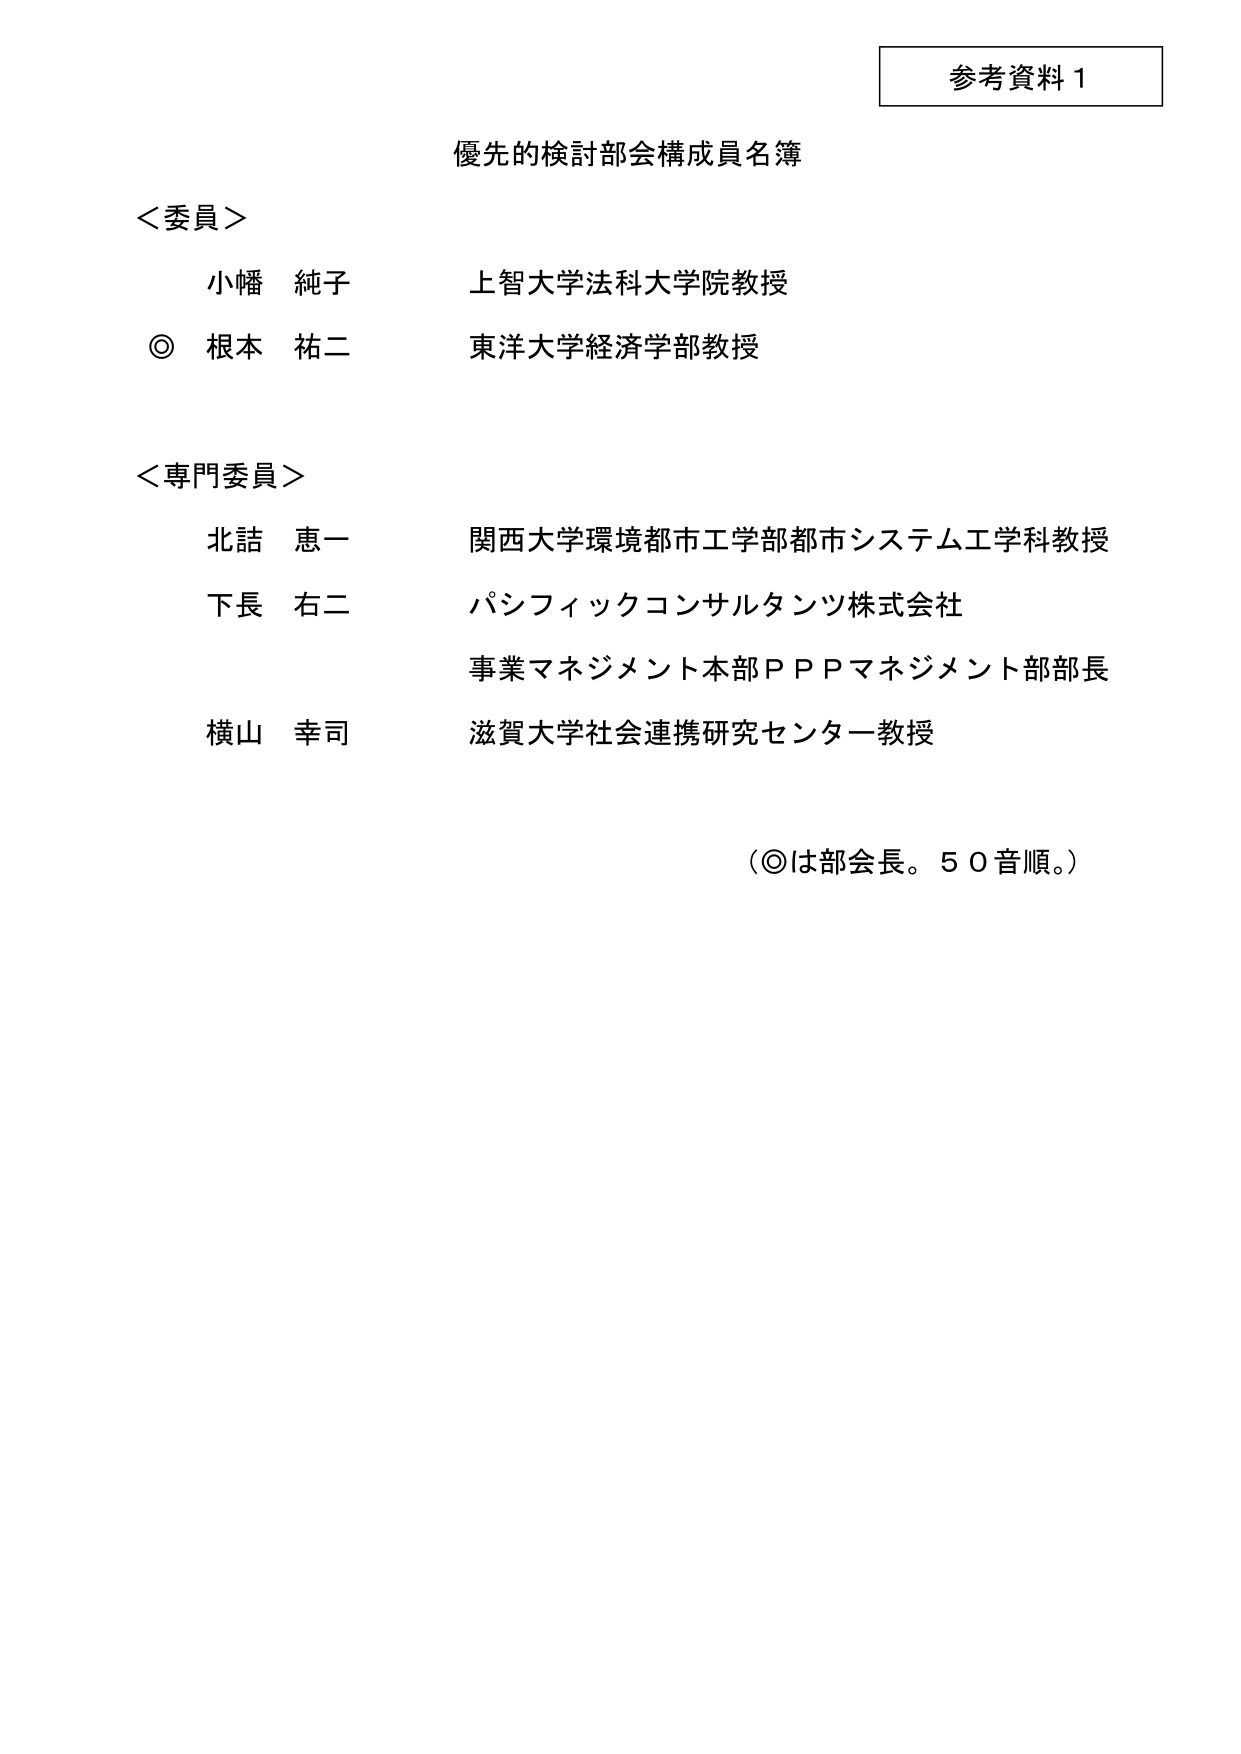
参考資料１

優先的検討部会構成員名簿

＜委員＞
小幡 純子 上智大学法科大学院教授
◎ 根本 祐二 東洋大学経済学部教授

＜専門委員＞
北詰 恵一 関西大学環境都市工学部都市システム工学科教授
下長 右二 パシフィックコンサルタンツ株式会社
　　　　　　事業マネジメント本部ＰＰＰマネジメント部部長
横山 幸司 滋賀大学社会連携研究センター教授

（◎は部会長。５０音順。）